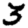
Digit: 3